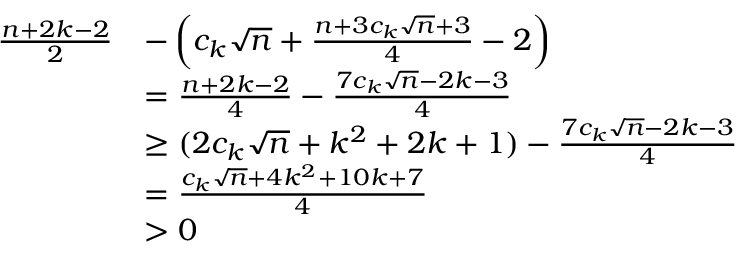
\begin{array} { r l } { \frac { n + 2 k - 2 } { 2 } } & { - \left( c _ { k } \sqrt { n } + \frac { n + 3 c _ { k } \sqrt { n } + 3 } { 4 } - 2 \right) } \\ & { = \frac { n + 2 k - 2 } { 4 } - \frac { 7 c _ { k } \sqrt { n } - 2 k - 3 } { 4 } } \\ & { \geq ( 2 c _ { k } \sqrt { n } + k ^ { 2 } + 2 k + 1 ) - \frac { 7 c _ { k } \sqrt { n } - 2 k - 3 } { 4 } } \\ & { = \frac { c _ { k } \sqrt { n } + 4 k ^ { 2 } + 1 0 k + 7 } { 4 } } \\ & { > 0 } \end{array}